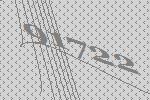
91722